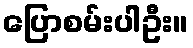
ပြောစမ်းပါဦး။